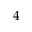
4